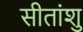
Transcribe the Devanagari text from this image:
सीतांशु